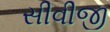
સીવીજી